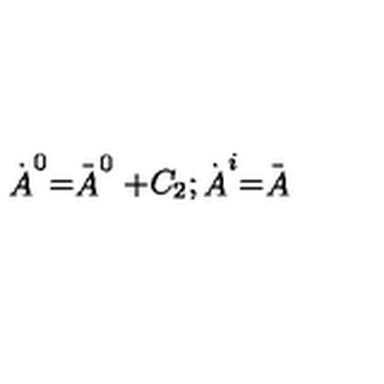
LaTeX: \stackrel { . } { A } ^ { 0 } = \stackrel { \_ } { A } ^ { 0 } + C _ { 2 } ; \stackrel { . } { A } ^ { i } = \stackrel { \_ } { A }